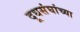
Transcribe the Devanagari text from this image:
दूधसंघांच्या